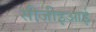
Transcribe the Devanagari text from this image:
सीजीइआई